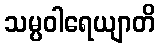
သမ္ပဝါရေယျာတိ